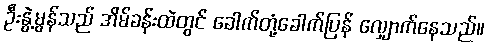
ဦးနွဲ့မွန်သည် အိမ်ခန်းထဲတွင် ခေါက်တုံ့ခေါက်ပြန် လျှောက်နေသည်။